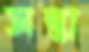
সম্ভা